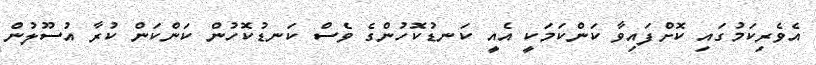
އެވެރިކަމުގައި ކޮށްފައިވާ ކަންކަމަކީ އެއީ ކަނޑުކޮހުންގެ ވެސް ކަނޑުކޮހުން ކަންކަން ކުރާ އުސޫލުން